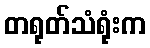
တရုတ်သံရုံးက